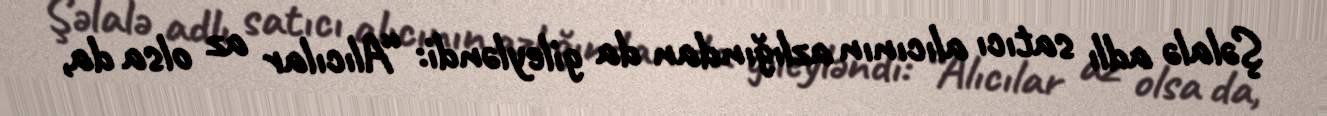
Şəlalə adlı satıcı alıcının azlığından da gileyləndi: “Alıcılar az olsa da,